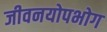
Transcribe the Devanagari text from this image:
जीवनयोपभोग